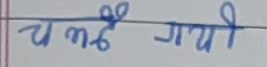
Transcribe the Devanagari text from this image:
चढ् गयी